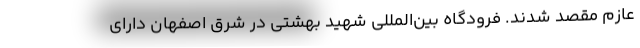
عازم مقصد شدند. فرودگاه بین‌المللی شهید بهشتی در شرق اصفهان دارای